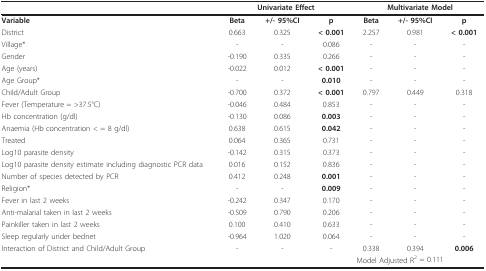
<table><thead><tr><td></td><td colspan="3"><b>Univariate Effect</b></td><td colspan="3"><b>Multivariate Model</b></td></tr></thead><tbody><tr><td><b>Variable</b></td><td><b>Beta</b></td><td><b>+/- 95%CI</b></td><td><b>p</b></td><td><b>Beta</b></td><td><b>+/- 95%CI</b></td><td><b>p</b></td></tr><tr><td>District</td><td>0.663</td><td>0.325</td><td><b>&lt; 0.001</b></td><td>2.257</td><td>0.981</td><td><b>&lt; 0.001</b></td></tr><tr><td>Village*</td><td>-</td><td>-</td><td>0.086</td><td>-</td><td>-</td><td>-</td></tr><tr><td>Gender</td><td>-0.190</td><td>0.335</td><td>0.266</td><td>-</td><td>-</td><td>-</td></tr><tr><td>Age (years)</td><td>-0.022</td><td>0.012</td><td><b>&lt; 0.001</b></td><td>-</td><td>-</td><td>-</td></tr><tr><td>Age Group*</td><td>-</td><td>-</td><td><b>0.010</b></td><td>-</td><td>-</td><td>-</td></tr><tr><td>Child/Adult Group</td><td>-0.700</td><td>0.372</td><td><b>&lt; 0.001</b></td><td>0.797</td><td>0.449</td><td>0.318</td></tr><tr><td>Fever (Temperature = &gt;37.5°C)</td><td>-0.046</td><td>0.484</td><td>0.853</td><td>-</td><td>-</td><td>-</td></tr><tr><td>Hb concentration (g/dl)</td><td>-0.130</td><td>0.086</td><td><b>0.003</b></td><td>-</td><td>-</td><td>-</td></tr><tr><td>Anaemia (Hb concentration &lt; = 8 g/dl)</td><td>0.638</td><td>0.615</td><td><b>0.042</b></td><td>-</td><td>-</td><td>-</td></tr><tr><td>Treated</td><td>0.064</td><td>0.365</td><td>0.731</td><td>-</td><td>-</td><td>-</td></tr><tr><td>Log10 parasite density</td><td>-0.142</td><td>0.315</td><td>0.373</td><td>-</td><td>-</td><td>-</td></tr><tr><td>Log10 parasite density estimate including diagnostic PCR data</td><td>0.016</td><td>0.152</td><td>0.836</td><td>-</td><td>-</td><td>-</td></tr><tr><td>Number of species detected by PCR</td><td>0.412</td><td>0.248</td><td><b>0.001</b></td><td>-</td><td>-</td><td>-</td></tr><tr><td>Religion*</td><td>-</td><td>-</td><td><b>0.009</b></td><td>-</td><td>-</td><td>-</td></tr><tr><td>Fever in last 2 weeks</td><td>-0.242</td><td>0.347</td><td>0.170</td><td>-</td><td>-</td><td>-</td></tr><tr><td>Anti-malarial taken in last 2 weeks</td><td>-0.509</td><td>0.790</td><td>0.206</td><td>-</td><td>-</td><td>-</td></tr><tr><td>Painkiller taken in last 2 weeks</td><td>0.100</td><td>0.410</td><td>0.633</td><td>-</td><td>-</td><td>-</td></tr><tr><td>Sleep regularly under bednet</td><td>-0.964</td><td>1.020</td><td>0.064</td><td>-</td><td>-</td><td>-</td></tr><tr><td>Interaction of District and Child/Adult Group</td><td>-</td><td>-</td><td>-</td><td>0.338</td><td>0.394</td><td><b>0.006</b></td></tr><tr><td></td><td></td><td></td><td></td><td colspan="3">Model Adjusted R<sup>2 </sup>= 0.111</td></tr></tbody></table>